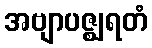
အဗျာပဇ္ဈရတံ